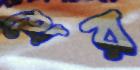
থের